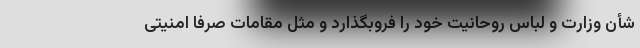
شأن وزارت و لباس روحانیت خود را فروبگذارد و مثل مقامات صرفا امنیتی